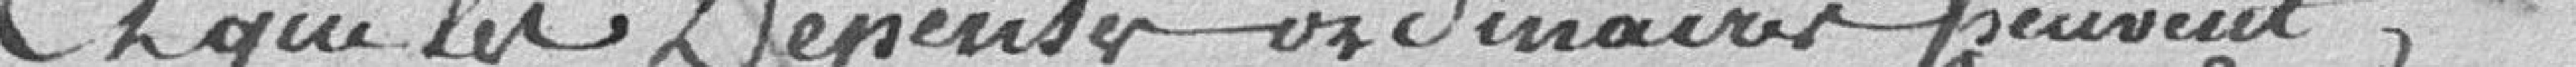
Et que les dépenses ordinaires peuvent